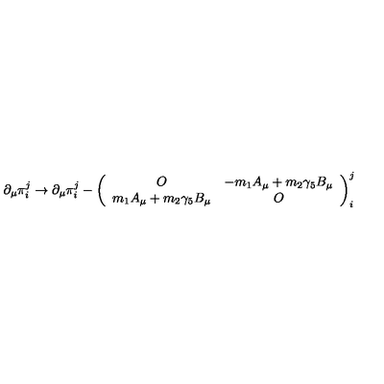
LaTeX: \partial _ { \mu } \pi _ { i } ^ { j } \to \partial _ { \mu } \pi _ { i } ^ { j } - \left( \begin{array} { c c } { O } & { - m _ { 1 } A _ { \mu } + m _ { 2 } \gamma _ { 5 } B _ { \mu } } \\ { m _ { 1 } A _ { \mu } + m _ { 2 } \gamma _ { 5 } B _ { \mu } } & { O } \\ \end{array} \right) _ { i } ^ { j }